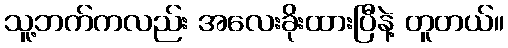
သူ့ဘက်ကလည်း အလေးခိုးထားပြီနဲ့ တူတယ်။